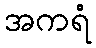
အကရံ